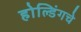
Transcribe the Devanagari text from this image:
होल्डिंगचे